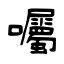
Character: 囑